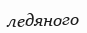
ледяного